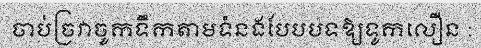
ចាប់ច្រវាចូកទឹកតាមទំនងបែបបទឱ្យទូកលឿន :